Lunatic asylums Central Provinces reports 1886-1894 - 1886-1894
Year: 1886
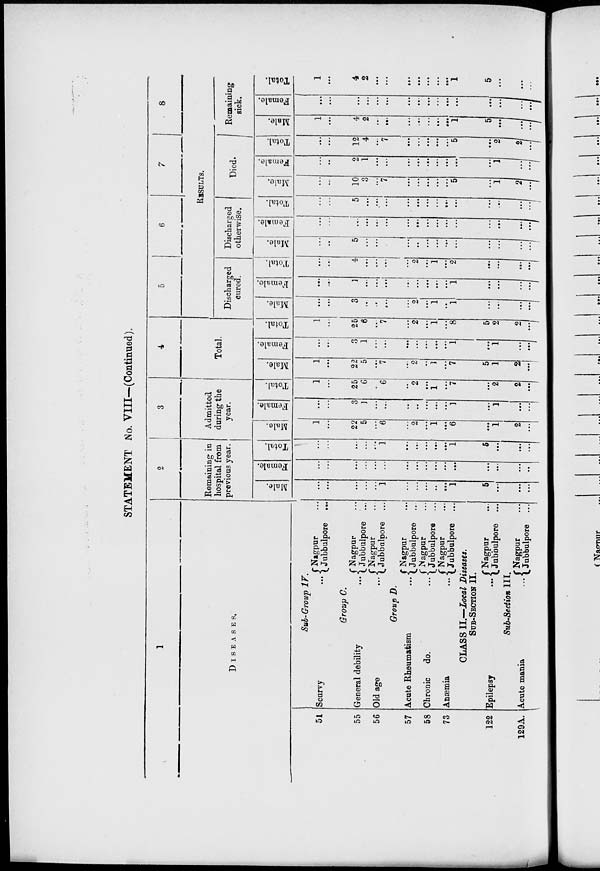
STATEMENT No. VIII—(Continued).
1
DISEASES.
51
55
56
57
58
73
122
129A.
Sub-Group IV.
Scurvy
... Nagpur ...
Jubbulpore ...
Group C.
General debility ...
Old age
...
Nagpur ...
Jubbulpore ...
Nagpur ...
Jubbulpore ...
Group D.
Acute Rheumatism
...
Chronic
do.
...
Anæmia
...
Nagpur ...
Jubbulpore ...
Nagpur ...
Jubbulpore ...
Nagpur ...
Jubbulpore ...
CLASS II.—Local Diseases.
SUB-SECTION II.
Epilepsy
...
Nagpur ...
Jubbulpore ...
Sub-Section III.
Acute mania
... Nagpur ...
Jubbulpore ...
2
Remaining in
hospital from
previous year.
Male.
...
...
...
...
...
1
...
...
...
...
...
1
5
...
...
...
Female.
...
...
...
...
...
...
...
...
...
...
...
...
...
...
...
...
Total.
...
...
...
...
...
1
...
...
...
...
...
1
5
...
...
...
3
Admitted
during the
year.
Male.
1
...
22
5
...
6
...
2
...
1
...
6
...
1
2
...
Female.
...
...
3
1
...
...
...
...
...
...
...
1
...
1
...
...
Total.
1
...
25
6
...
6
...
2
...
1
...
7
...
2
2
...
4
Total.
Male.
1
...
22
5
...
7
...
2
...
1
...
7
5
1
2
...
Female.
...
...
3
1
...
...
...
...
...
...
...
1
...
1
...
...
Total.
1
...
25
6
...
7
...
2
...
1
...
8
5
2
2
...
5
6
7
8
RESULTS.
Discharged
cured.
Male.
...
...
3
...
...
...
...
2
...
1
...
1
...
...
...
...
Female.
...
...
1
...
...
...
...
...
...
...
...
1
...
...
...
...
Total.
...
...
4
...
...
...
...
2
...
1
...
2
...
...
...
...
Discharged
otherwise.
Male.
...
...
5
...
...
...
...
...
...
...
...
...
...
...
...
...
Female.
...
...
...
...
...
...
...
...
...
...
...
...
...
...
...
...
Total.
...
...
5
...
...
...
...
...
...
...
...
...
...
...
...
...
Died.
Male.
...
...
10
3
...
7
...
...
...
...
...
5
...
1
2
...
Female.
...
...
2
1
...
...
...
...
....
...
...
...
...
1
...
...
Total.
...
...
12
4
...
7
...
...
...
...
...
5
...
2
2
...
Remaining
sick.
Male.
1
...
4
2
...
...
...
...
...
...
...
1
5
...
...
...
Female.
...
...
...
...
...
...
...
...
...
...
...
...
...
...
...
...
Total.
1
...
4
2
...
...
...
...
...
...
...
1
5
...
...
...